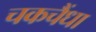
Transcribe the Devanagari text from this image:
चकचैंधा